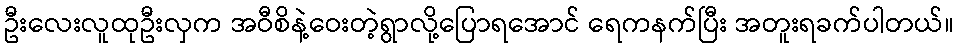
ဦးလေးလူထုဦးလှက အဝီစိနဲ့ဝေးတဲ့ရွာလို့ပြောရအောင် ရေကနက်ပြီး အတူးရခက်ပါတယ်။